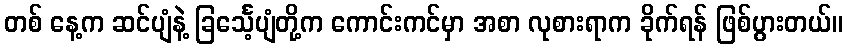
တစ် နေ့က ဆင်ပျံနဲ့ ခြင်္သေ့ပျံတို့က ကောင်းကင်မှာ အစာ လုစားရာက ခိုက်ရန် ဖြစ်ပွားတယ်။